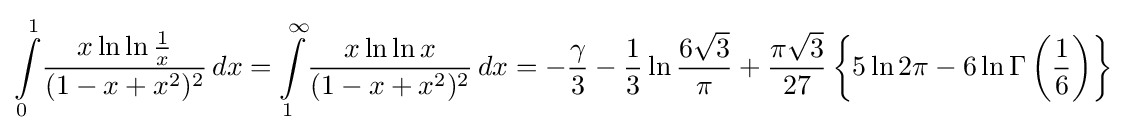
\int \limits _{0}^{1}\!{\frac {x\ln \ln {\frac {1}{x}}}{(1-x+x^{2})^{2}}}\,dx=\int \limits _{1}^{\infty }\!{\frac {x\ln \ln x}{(1-x+x^{2})^{2}}}\,dx=-{\frac {\gamma }{3}}-{\frac {1}{3}}\ln {\frac {6{\sqrt {3}}}{\pi }}+{\frac {\pi {\sqrt {3}}}{27}}\left\{5\ln 2\pi -6\ln \Gamma \left({\frac {1}{6}}\right)\right\}